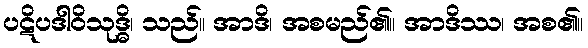
ပဋိပဒါဝိသုဒ္ဓိ၊ သည်။ အာဒိ၊ အစမည်၏။ အာဒိဿ၊ အစ၏။